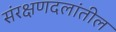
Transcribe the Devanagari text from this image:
संरक्षणदलांतील